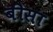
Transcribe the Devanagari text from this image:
बीसा